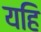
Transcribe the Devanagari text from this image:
यहि